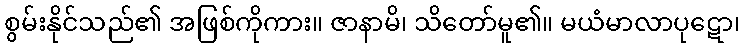
စွမ်းနိုင်သည်၏ အဖြစ်ကိုကား။ ဇာနာမိ၊ သိတော်မူ၏။ မယံမာလာပုဋော၊